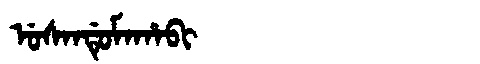
Manchu: ᡠᠰᠠᠨᡩᡠᠮᠠᡥᠠᠪᡳ
Romanization: USANDUMAHABI